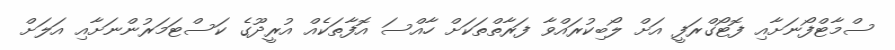
ސްމާޓްފޯނަށާއި ފޮޓޯގްރަފީ އަށް ލޯބިކުރައްވާ ފަރާތްތަކަށް ހާއްސަ އޮފާތަކެއް އުރީދޫގެ ކަސްޓަމަރުންނަށާއި އަލަށް